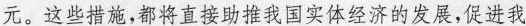
元。这些措施，都将直接助推我国实体经济的发展，促进我